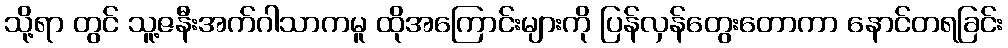
သို့ရာ တွင် သူ့ဇနီးအက်ဂါသာကမူ ထိုအကြောင်းများကို ပြန်လှန်တွေးတောကာ နောင်တရခြင်း